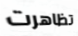
تظاهرت